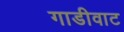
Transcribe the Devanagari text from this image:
गाडीवाट